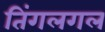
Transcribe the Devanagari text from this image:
तिंगलगल